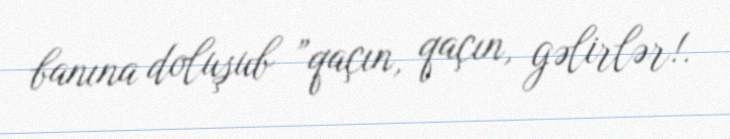
banına doluşub ”qaçın, qaçın, gəlirlər!.